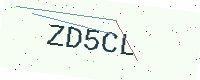
Text: ZD5CL